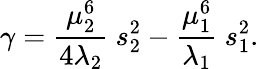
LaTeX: \gamma=\frac{\mu_{2}^{6}}{4\lambda_{2}}\ s_{2}^{2}-\frac{\mu_{1}^{6}}{\lambda_{1}}\ s_{1}^{2}.